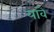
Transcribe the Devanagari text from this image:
यांवे